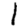
Digit: 1